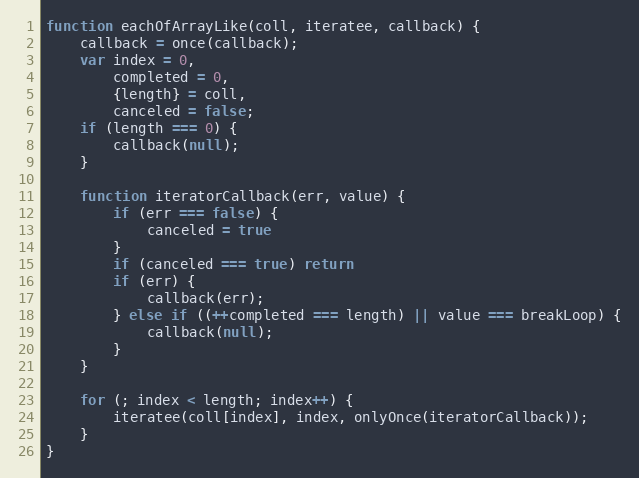
Language: JavaScript
function eachOfArrayLike(coll, iteratee, callback) {
    callback = once(callback);
    var index = 0,
        completed = 0,
        {length} = coll,
        canceled = false;
    if (length === 0) {
        callback(null);
    }

    function iteratorCallback(err, value) {
        if (err === false) {
            canceled = true
        }
        if (canceled === true) return
        if (err) {
            callback(err);
        } else if ((++completed === length) || value === breakLoop) {
            callback(null);
        }
    }

    for (; index < length; index++) {
        iteratee(coll[index], index, onlyOnce(iteratorCallback));
    }
}